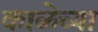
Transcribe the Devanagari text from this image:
काळेच्या